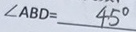
\angle A B D = 4 5 ^ { \circ }